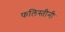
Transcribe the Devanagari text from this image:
फलिस्तीनी